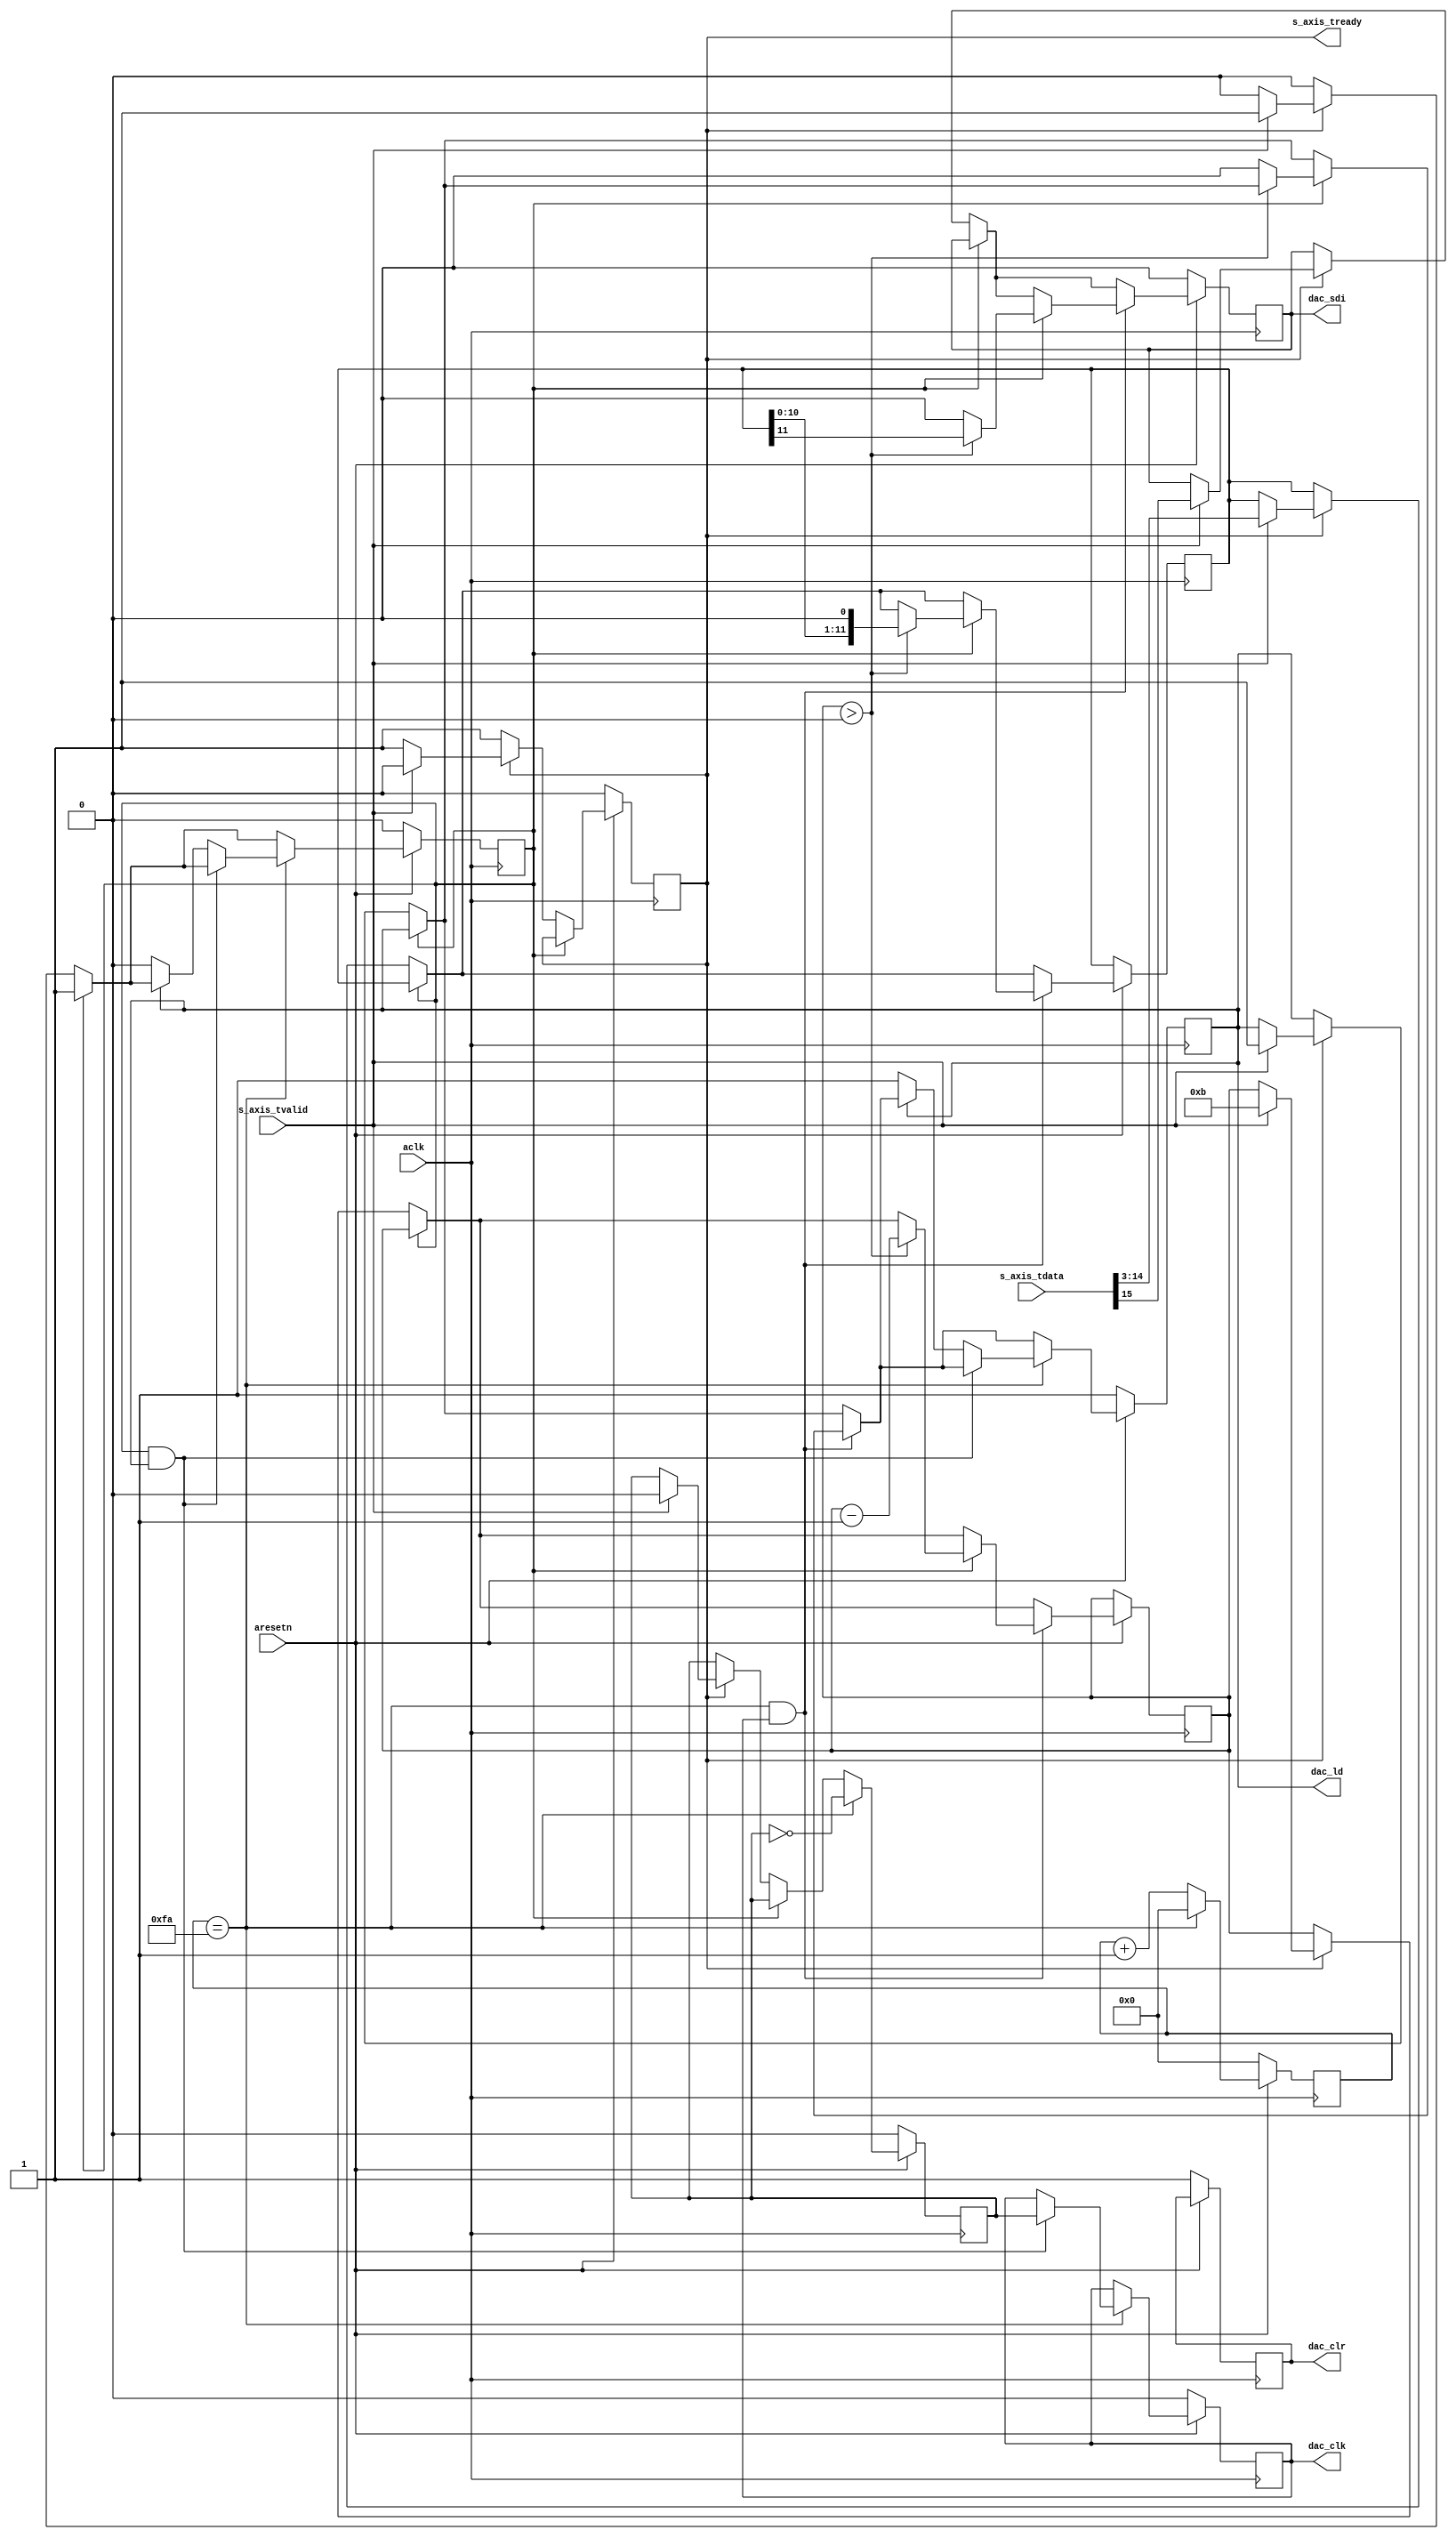
module ad7390 #
(
    parameter integer CLK_DIV = 250,
    parameter integer DAC_WIDTH = 12,
    parameter integer AXI_WIDTH = 16
)
(  
    input  wire                 aclk,
    input  wire                 aresetn,
    output reg                  s_axis_tready,
    input  wire [AXI_WIDTH-1:0] s_axis_tdata,
    input  wire                 s_axis_tvalid,
    output reg                  dac_clk,
    output reg                  dac_sdi,
    output reg                  dac_ld,
    output reg                  dac_clr
);
reg [15:0] int_clk_div;
reg int_clk;
reg [DAC_WIDTH-1:0] data_reg;
reg data_rx;
reg [3:0] data_rx_bit;
always @(posedge aclk) begin
    if (~aresetn) begin
        int_clk <= 1'b0;
        int_clk_div <= 16'b0;
        s_axis_tready <= 1'b0;
        dac_clk <= 1'b0;
        dac_sdi <= 1'b0;
        dac_clr <= 1'b1;
        dac_ld  <= 1'b1;
        data_rx <= 1'b0;
    end else begin
        if (~data_rx) begin
            if (~s_axis_tready) begin
                s_axis_tready <= 1'b1;
            end else if (s_axis_tvalid) begin
                s_axis_tready <= 1'b0;
                data_reg <= s_axis_tdata[AXI_WIDTH-2:AXI_WIDTH-DAC_WIDTH-1];
                dac_sdi <= s_axis_tdata[AXI_WIDTH-1];
                data_rx <= 1'b1;
                data_rx_bit <= DAC_WIDTH - 1;
                dac_ld <= 1'b1;
                int_clk_div <= 1'b0;
                int_clk <= 1'b0;
            end
        end
        if (int_clk_div == CLK_DIV && dac_clk == 1) begin
            if (data_rx) begin
                if (data_rx_bit > 0) begin
                    data_rx_bit <= data_rx_bit - 1;
                    {dac_sdi, data_reg} <= {data_reg, 1'b0};
                end else begin
                    dac_ld <= 1'b0;
                    dac_sdi <= 1'b0;
                end
            end
        end
        if (int_clk_div == CLK_DIV) begin
            int_clk_div <= 0;
            int_clk <= ~int_clk;
            if (data_rx && dac_ld) begin
                dac_clk <= int_clk;
            end else if (~dac_ld) begin
                dac_ld <= 1'b1;
                data_rx <= 1'b0;
            end
        end else begin
            int_clk_div <= int_clk_div + 1;
        end
    end
end
endmodule